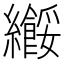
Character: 𫄑